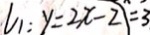
l _ { 1 } : y = 2 x - 2 ) = 3